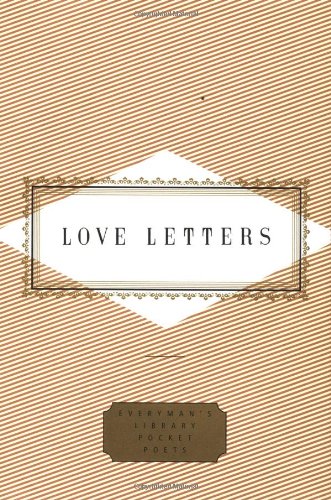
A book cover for Love Letters (Everyman's Library Pocket Poets); Peter Washington; Literature & Fiction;